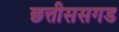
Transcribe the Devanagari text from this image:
छत्तीससगड